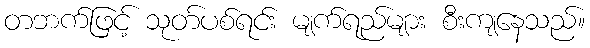
တဘက်ဖြင့် သုတ်ပစ်ရင်း မျက်ရည်များ စီးကျနေသည်။